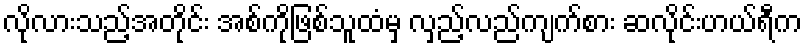
လိုလားသည့်အတိုင်း အစ်ကိုဖြစ်သူထံမှ လှည့်လည်ကျက်စား ဆလိုင်းဟယ်ရီက